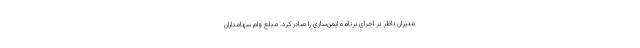
مدیران ناظر بر اجرای برنامه ایمن‌سازی را صادر کرد. مبلغ وام سهامداران